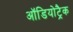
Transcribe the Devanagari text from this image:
ऑडियोट्रैक